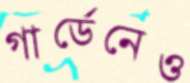
গার্ডেনেও